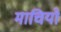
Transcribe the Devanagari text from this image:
माचियो